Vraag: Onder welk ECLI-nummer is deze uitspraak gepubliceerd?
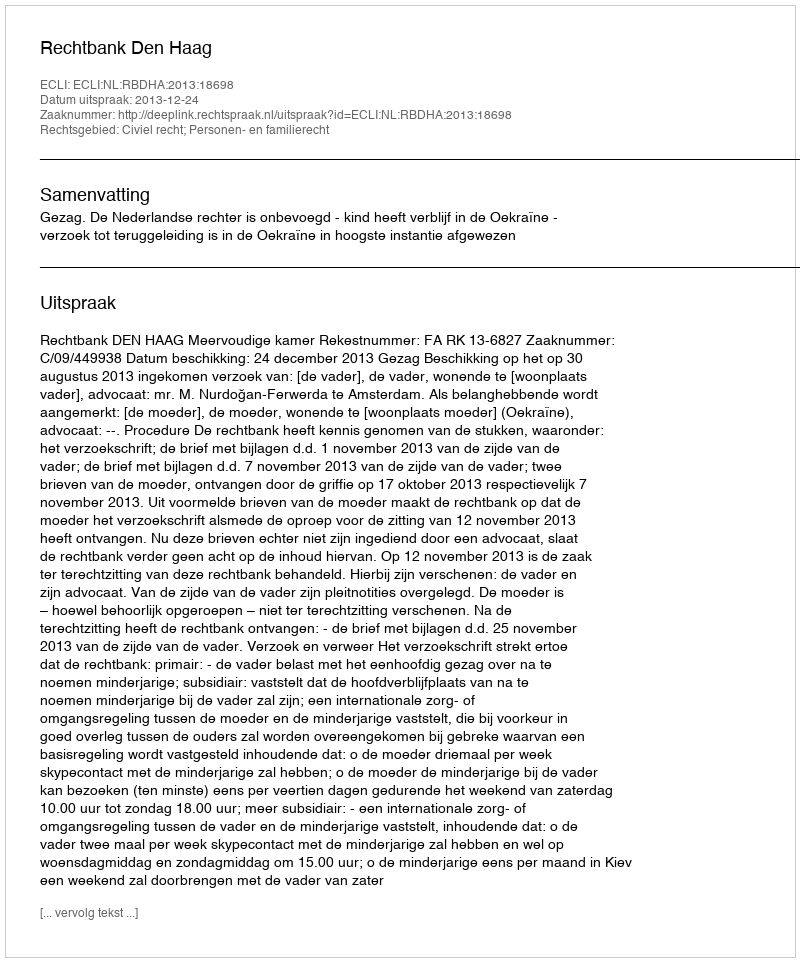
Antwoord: ECLI:NL:RBDHA:2013:18698